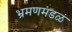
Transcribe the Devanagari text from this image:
भ्रमणमंडळं